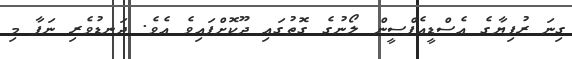
ގިނަ ރުފިޔާގެ އެސްޑީއެފްސީން ލޯނުގެ ގޮތުގައި ދޫކޮށްފައިވެ އެވެ. ދަނޑުވެރި ނަފާ މި